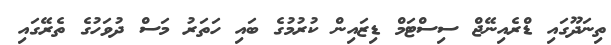
ތިނަދޫގައި ޑްރެއިނޭޖް ސިސްޓަމް ޑިޒައިން ކުރުމުގެ ބައި ހަތަރު މަސް ދުވަހުގެ ތެރޭގައި